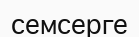
семсерге